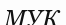
МУК